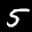
Digit: 5